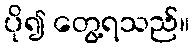
ပို၍ တွေ့ရသည်။